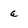
Character: a